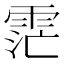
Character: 𮦏